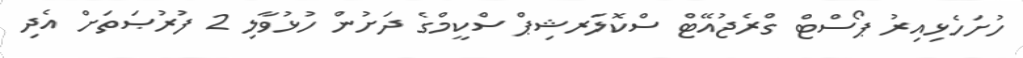
ހުށަހެޅިއިރު ޕޯސްޓް ގްރެޖުއޭޓް ސްކޮލަރޝިޕް ސްކީމްގެ ދަށުން ހުޅުވާލި 2 ފުރުޞަތަށް އެދި